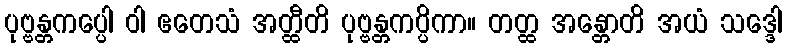
ပုဗ္ဗန္တကပ္ပေါ ဝါ ဧတေသံ အတ္ထီတိ ပုဗ္ဗန္တကပ္ပိကာ။ တတ္ထ အန္တောတိ အယံ သဒ္ဒေါ